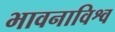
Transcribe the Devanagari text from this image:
भावनाविश्व